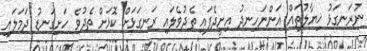
ނުރަނގަޅު ޚިޔާލުތައް އަންނަހިނދު އިށީދެފައި ތެދުވެލައި ރަނގަޅަށް ކޮޅަށް ތެދުވެ ހަށިގަނޑު ދަމަލައި